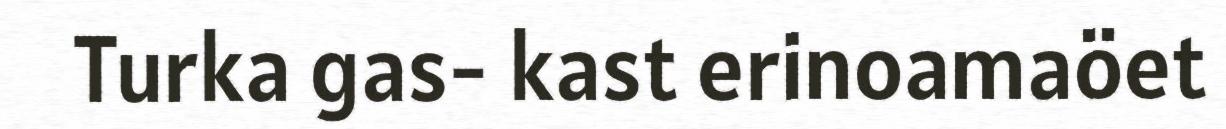
Turka gas- kast erinoamaöet